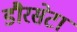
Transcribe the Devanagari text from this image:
डौरसेटा